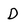
Character: D